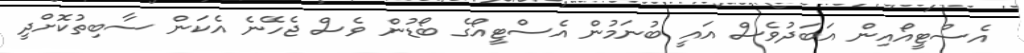
އެސްޓީއޯއިން އަބަދުވެސް އައީ ބުނަމުން އެސްޓީއޯގެ ބޯޑުން ވެސް ޖެހޭނެ އެކަން ސާބިތުކޮށްދީ